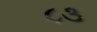
૮૩